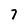
Character: 7